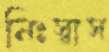
নিঃস্বাস